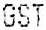
GST